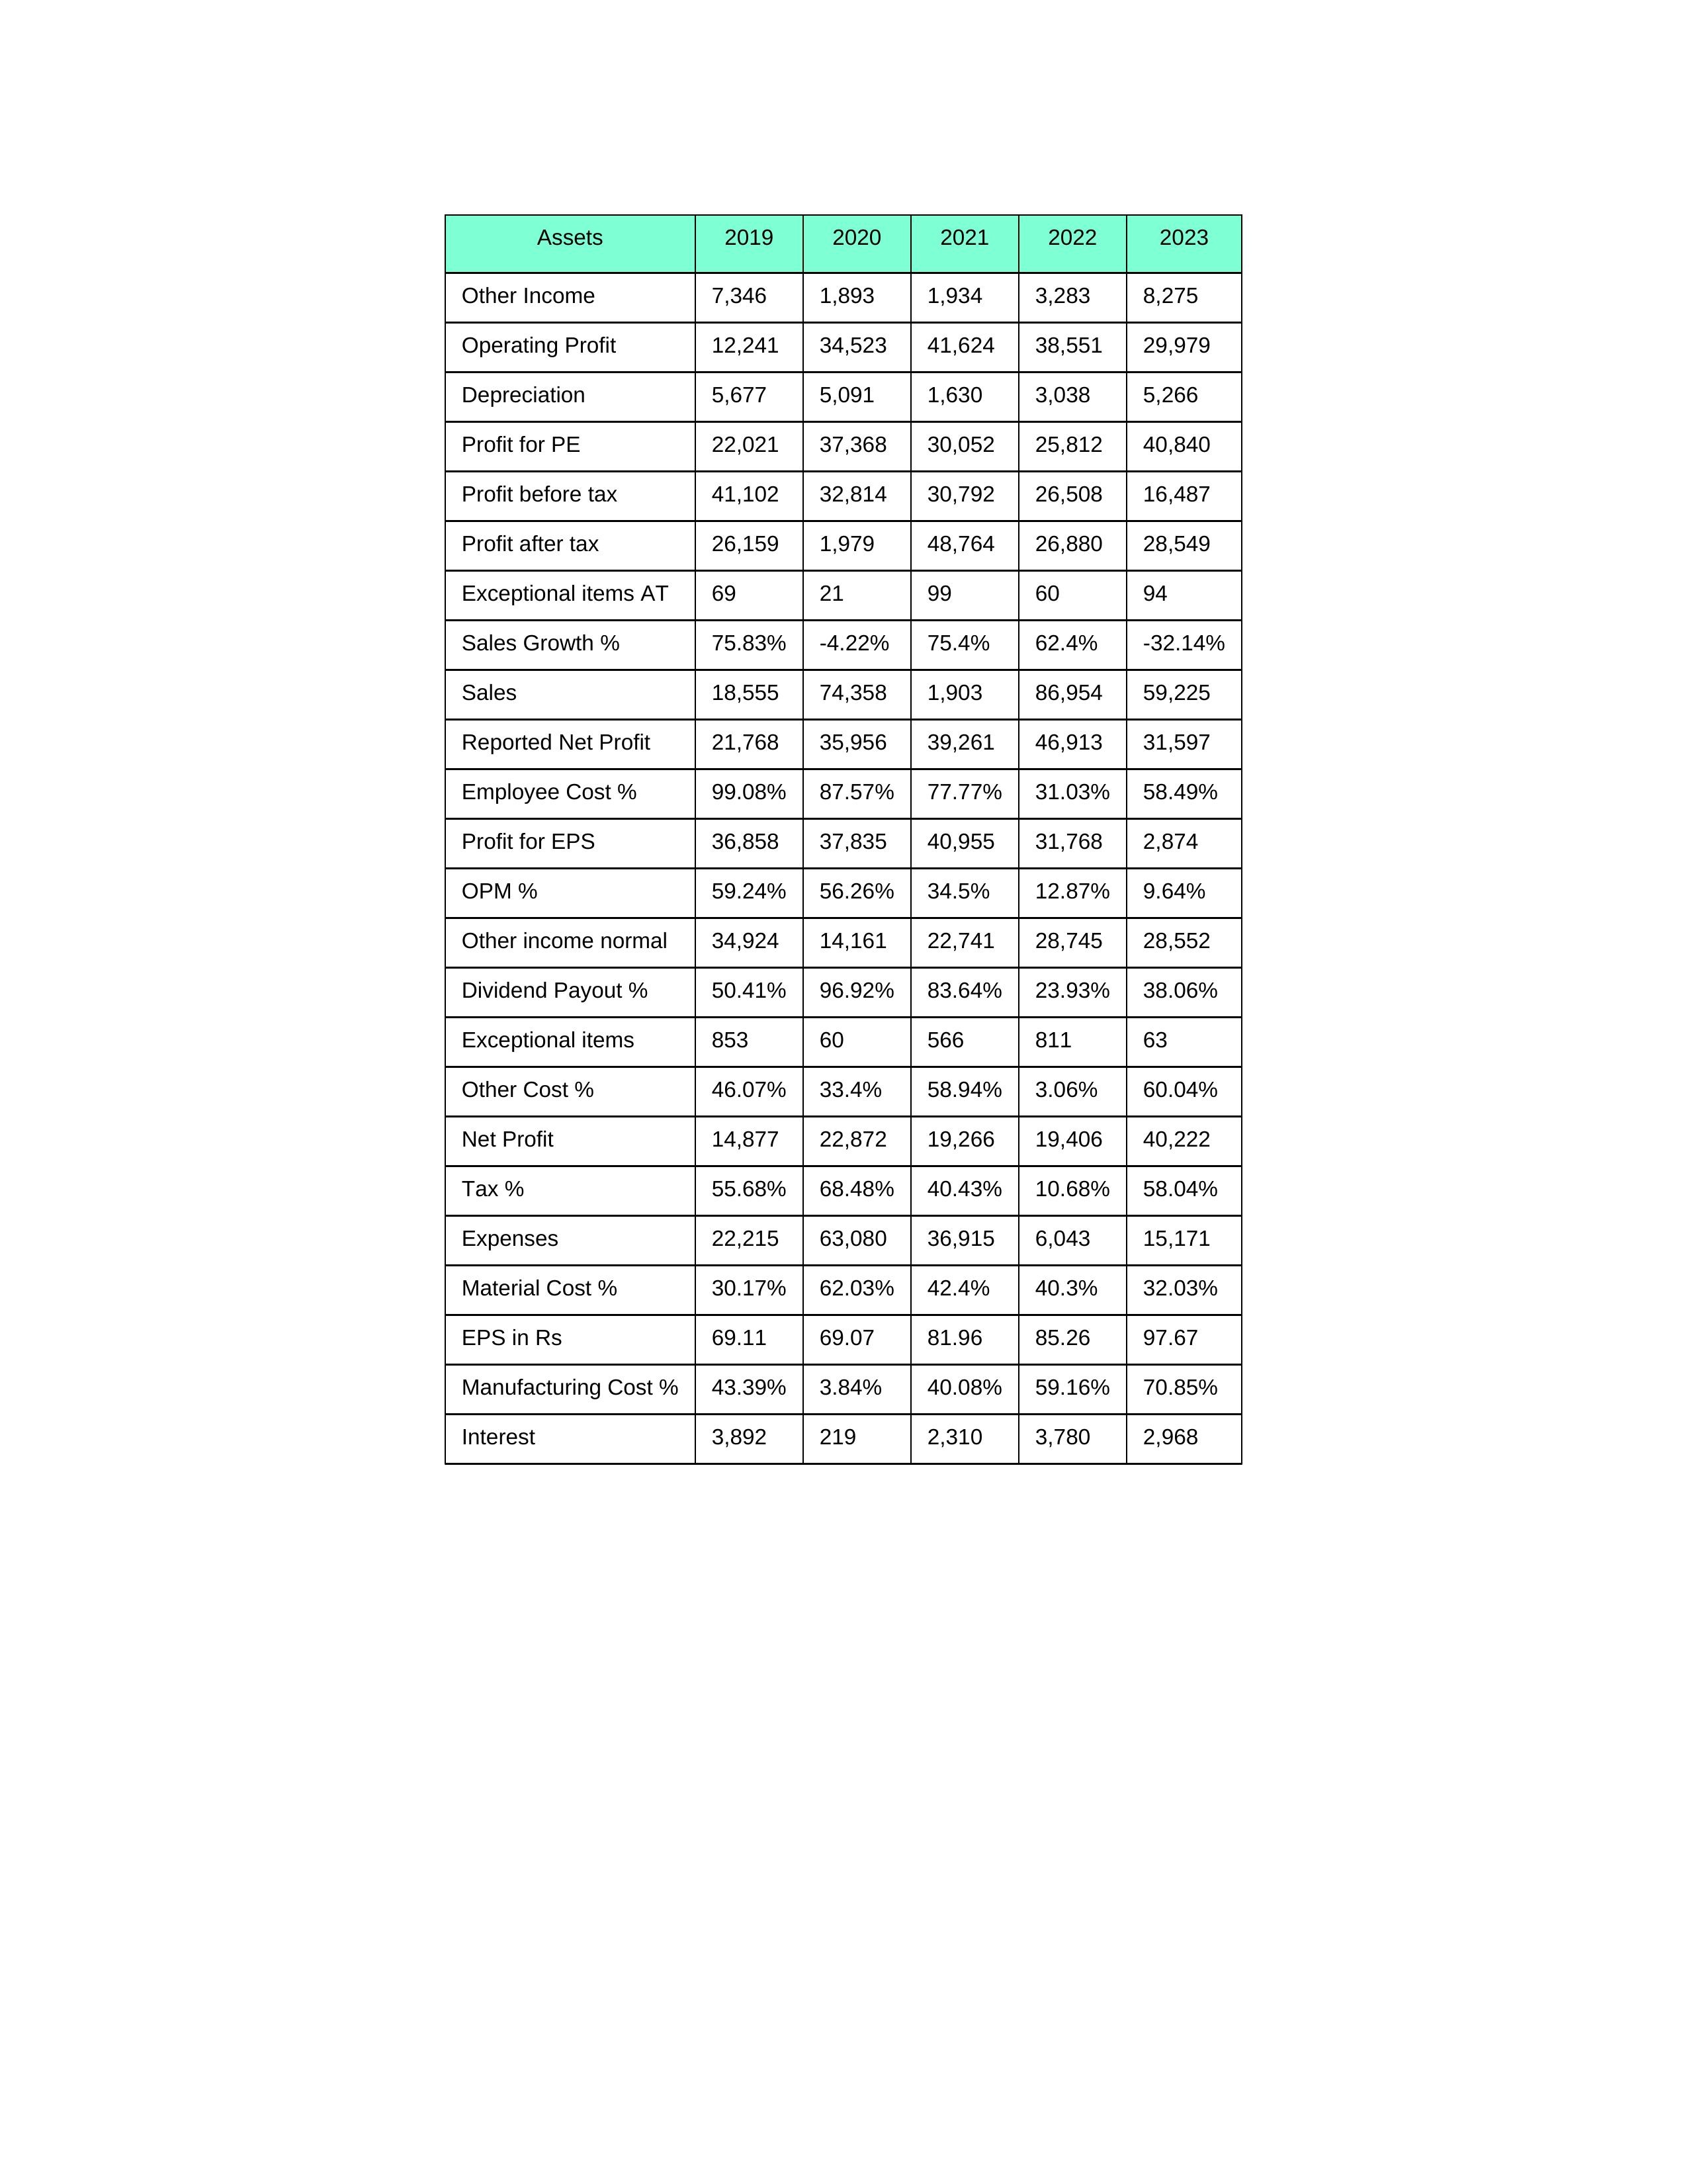
gt_parse: 2019: Sales: 18,555
Sales Growth %: 75.83%
Expenses: 22,215
Material Cost %: 30.17%
Manufacturing Cost %: 43.39%
Employee Cost %: 99.08%
Other Cost %: 46.07%
Operating Profit: 12,241
OPM %: 59.24%
Other Income: 7,346
Exceptional items: 853
Other income normal: 34,924
Interest: 3,892
Depreciation: 5,677
Profit before tax: 41,102
Tax %: 55.68%
Net Profit: 14,877
Profit after tax: 26,159
Reported Net Profit: 21,768
Profit for EPS: 36,858
Exceptional items AT: 69
Profit for PE: 22,021
EPS in Rs: 69.11
Dividend Payout %: 50.41%
2020: Sales: 74,358
Sales Growth %: -4.22%
Expenses: 63,080
Material Cost %: 62.03%
Manufacturing Cost %: 3.84%
Employee Cost %: 87.57%
Other Cost %: 33.4%
Operating Profit: 34,523
OPM %: 56.26%
Other Income: 1,893
Exceptional items: 60
Other income normal: 14,161
Interest: 219
Depreciation: 5,091
Profit before tax: 32,814
Tax %: 68.48%
Net Profit: 22,872
Profit after tax: 1,979
Reported Net Profit: 35,956
Profit for EPS: 37,835
Exceptional items AT: 21
Profit for PE: 37,368
EPS in Rs: 69.07
Dividend Payout %: 96.92%
2021: Sales: 1,903
Sales Growth %: 75.4%
Expenses: 36,915
Material Cost %: 42.4%
Manufacturing Cost %: 40.08%
Employee Cost %: 77.77%
Other Cost %: 58.94%
Operating Profit: 41,624
OPM %: 34.5%
Other Income: 1,934
Exceptional items: 566
Other income normal: 22,741
Interest: 2,310
Depreciation: 1,630
Profit before tax: 30,792
Tax %: 40.43%
Net Profit: 19,266
Profit after tax: 48,764
Reported Net Profit: 39,261
Profit for EPS: 40,955
Exceptional items AT: 99
Profit for PE: 30,052
EPS in Rs: 81.96
Dividend Payout %: 83.64%
2022: Sales: 86,954
Sales Growth %: 62.4%
Expenses: 6,043
Material Cost %: 40.3%
Manufacturing Cost %: 59.16%
Employee Cost %: 31.03%
Other Cost %: 3.06%
Operating Profit: 38,551
OPM %: 12.87%
Other Income: 3,283
Exceptional items: 811
Other income normal: 28,745
Interest: 3,780
Depreciation: 3,038
Profit before tax: 26,508
Tax %: 10.68%
Net Profit: 19,406
Profit after tax: 26,880
Reported Net Profit: 46,913
Profit for EPS: 31,768
Exceptional items AT: 60
Profit for PE: 25,812
EPS in Rs: 85.26
Dividend Payout %: 23.93%
2023: Sales: 59,225
Sales Growth %: -32.14%
Expenses: 15,171
Material Cost %: 32.03%
Manufacturing Cost %: 70.85%
Employee Cost %: 58.49%
Other Cost %: 60.04%
Operating Profit: 29,979
OPM %: 9.64%
Other Income: 8,275
Exceptional items: 63
Other income normal: 28,552
Interest: 2,968
Depreciation: 5,266
Profit before tax: 16,487
Tax %: 58.04%
Net Profit: 40,222
Profit after tax: 28,549
Reported Net Profit: 31,597
Profit for EPS: 2,874
Exceptional items AT: 94
Profit for PE: 40,840
EPS in Rs: 97.67
Dividend Payout %: 38.06%